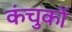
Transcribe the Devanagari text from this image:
कंचुकों